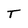
Character: T